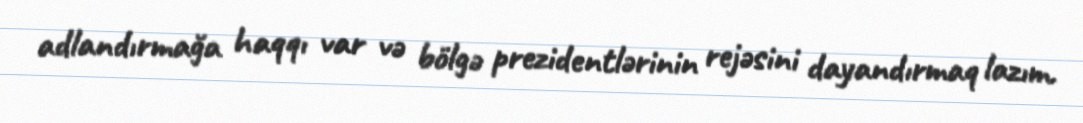
adlandırmağa haqqı var və bölgə prezidentlərinin rejəsini dayandırmaq lazım.